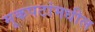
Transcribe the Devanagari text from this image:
मूकपटांमधील